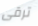
ترقى